65_HS1-834228961_62-HQ-83894_Section_7
Agency: FBI
Page 33
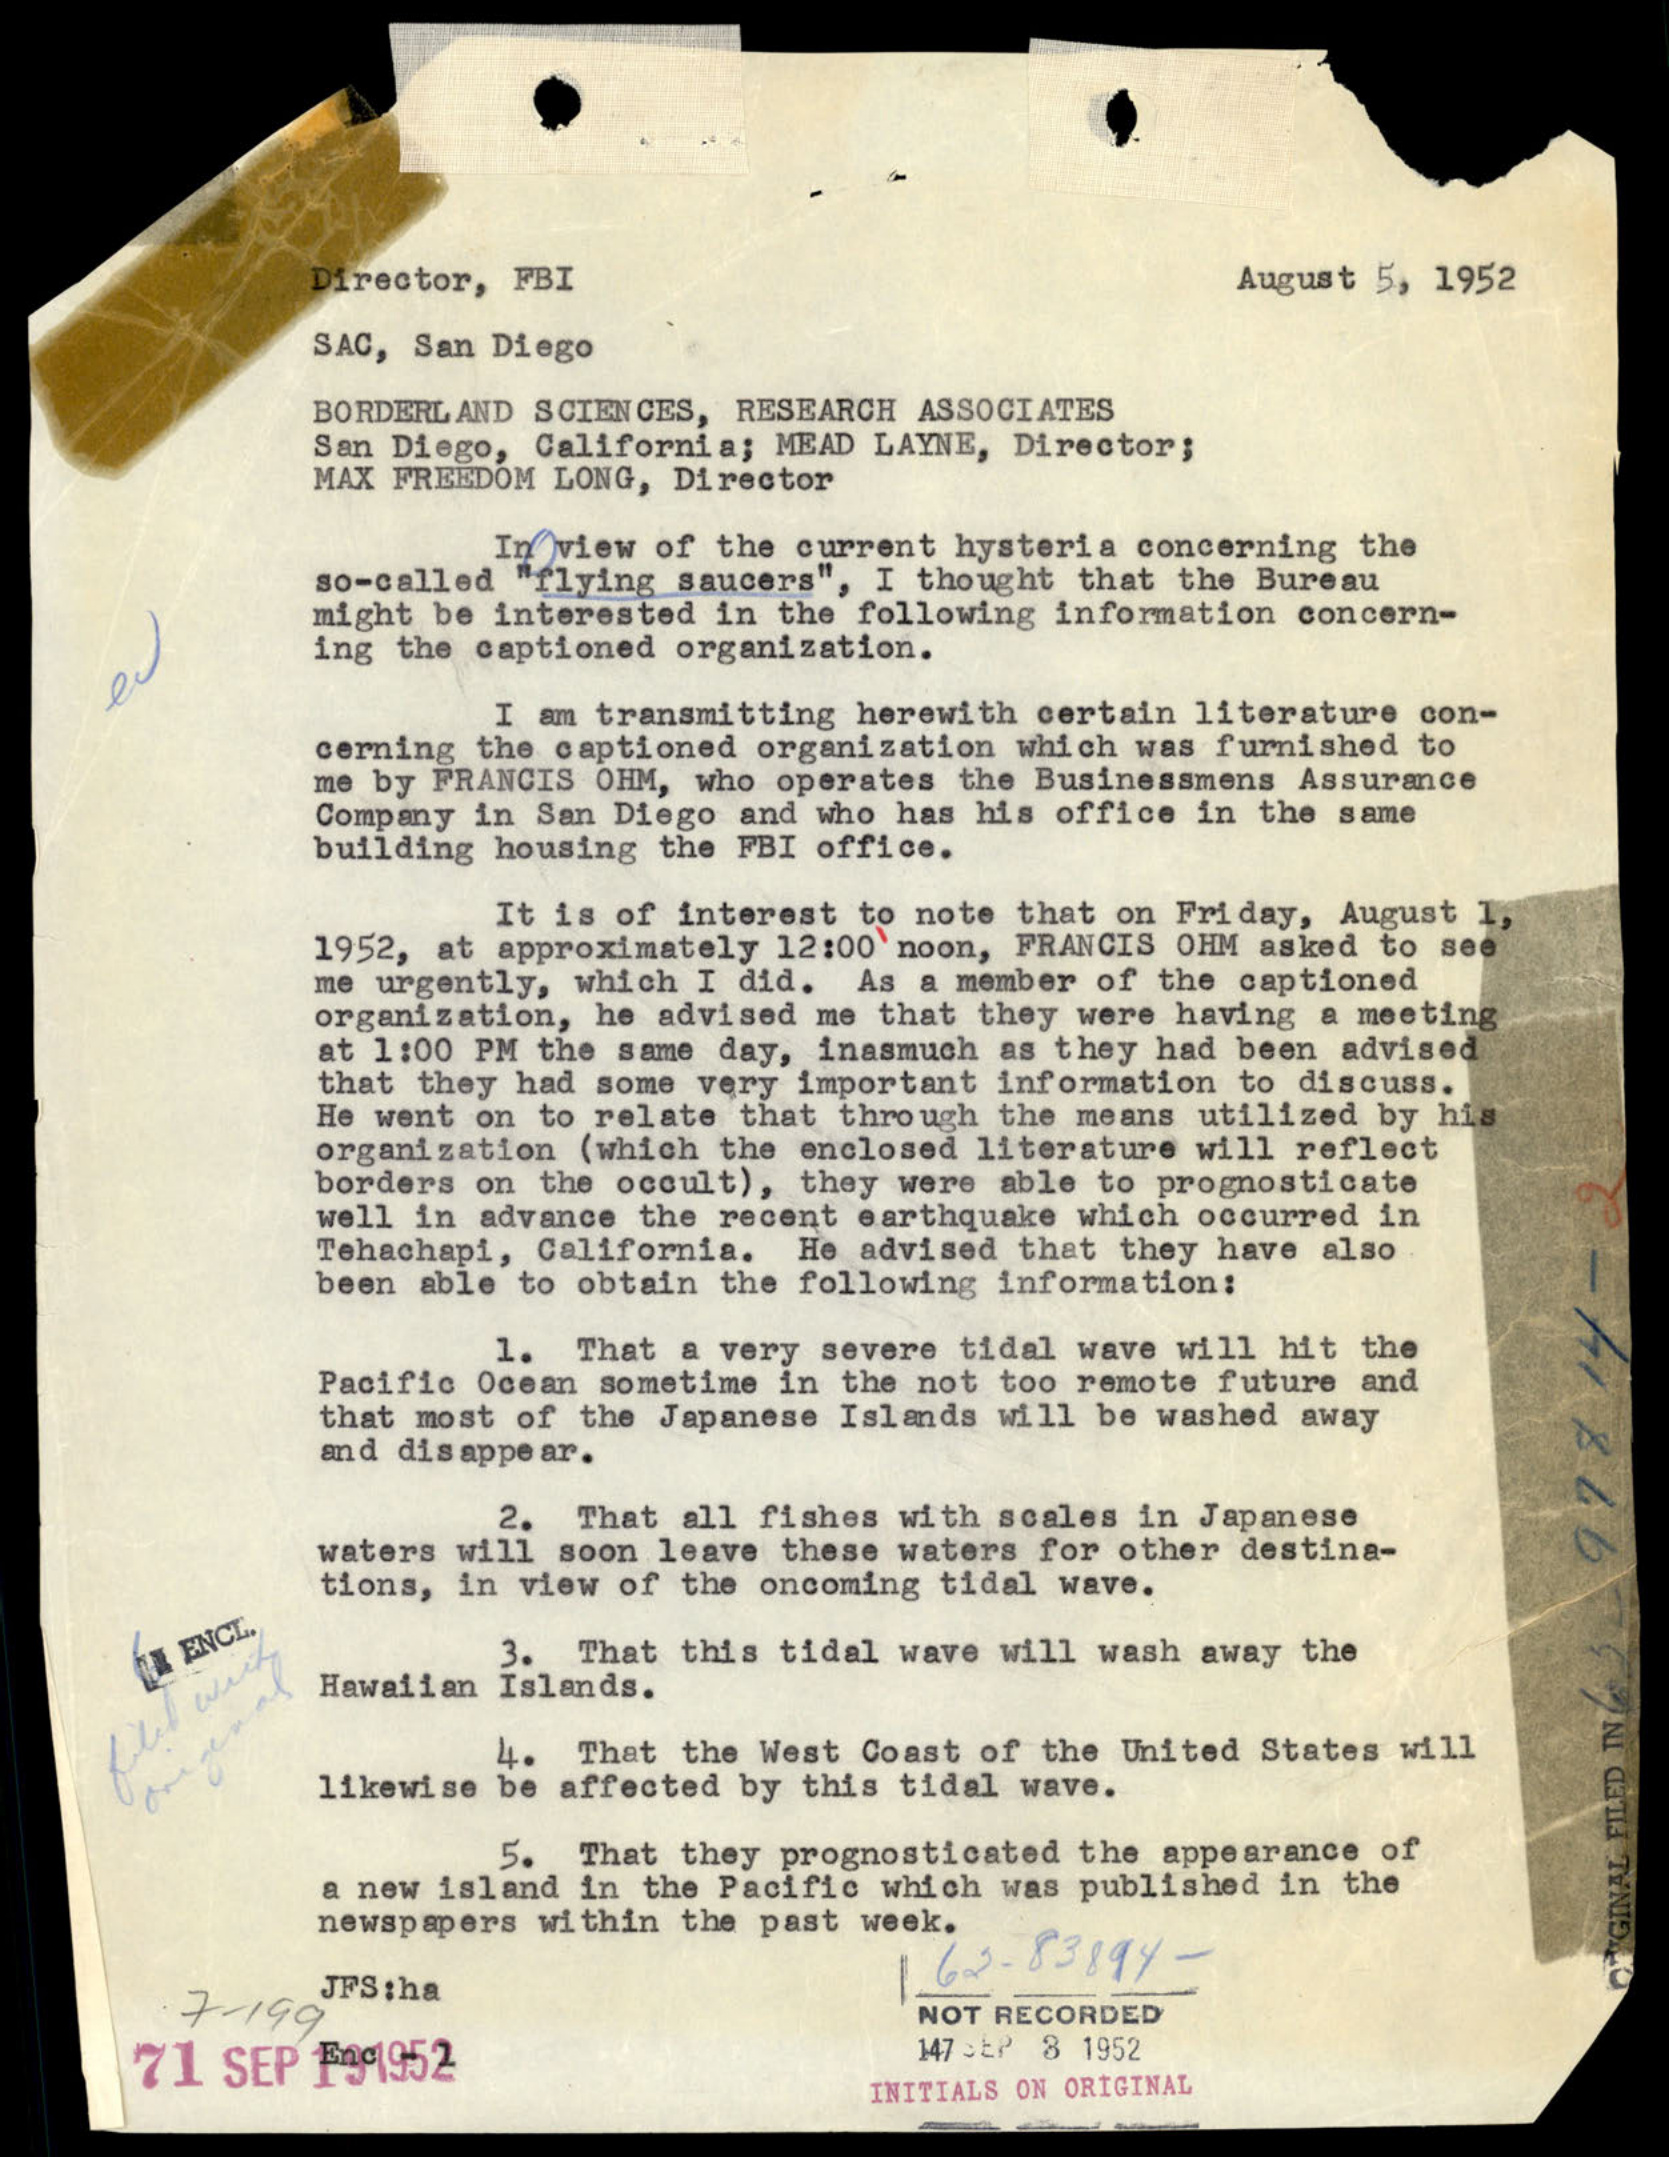